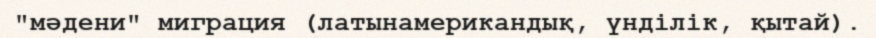
"мәдени" миграция (латынамерикандық, үнділік, қытай).